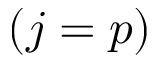
( j = p )